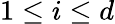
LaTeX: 1\leq i\leq d